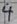
Text: 4